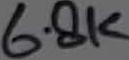
Text: 6.8K